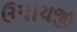
ઉપાયજી